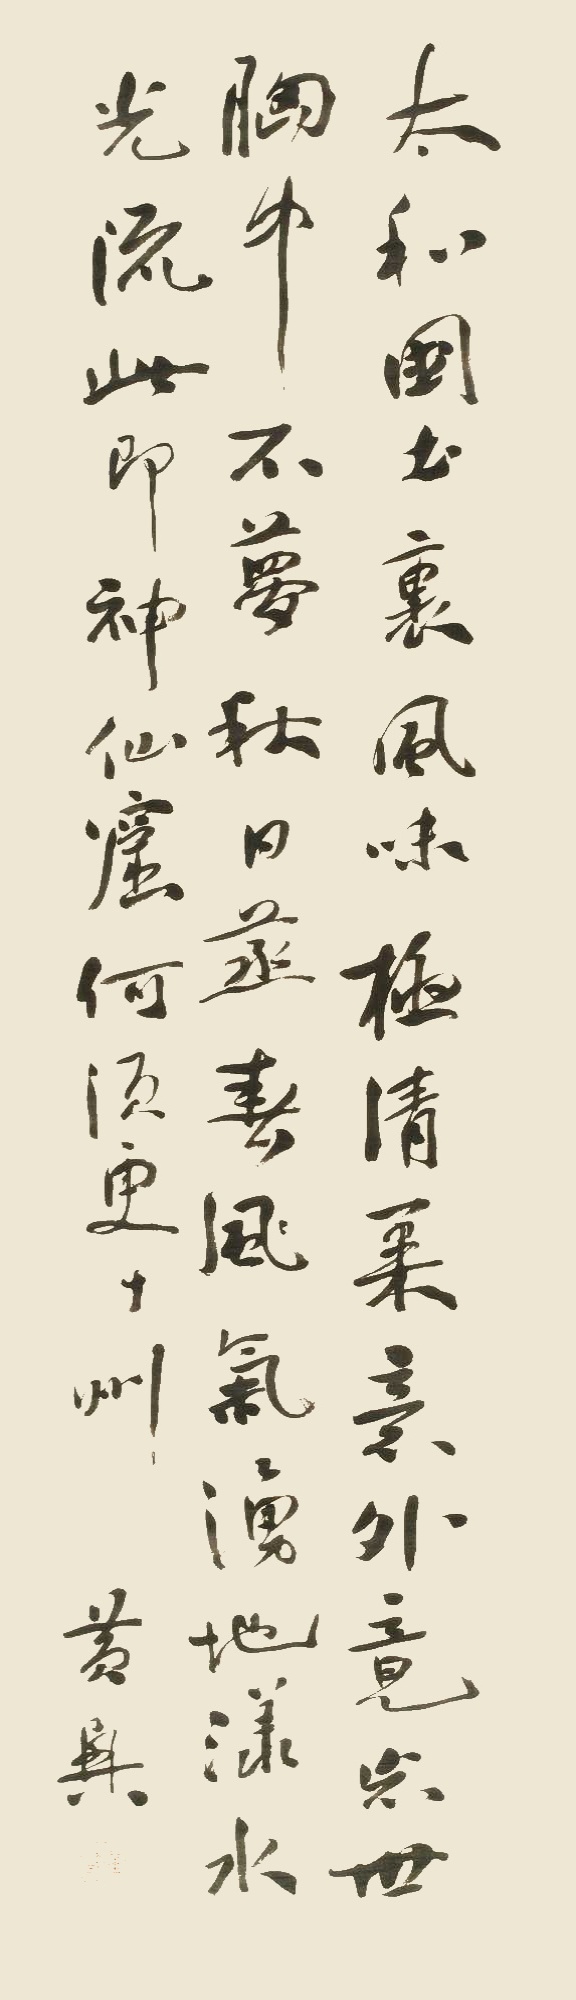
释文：太和国土里，风味极清柔。意外竟忘世，胸中不梦秋。日蒸春气涌，地漾水光流。此即神仙窟，何须更十州。黄兴。